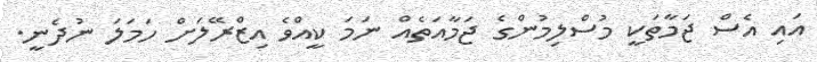
އައި އެސް ޖަމާތަކީ މުސްލިމުންގެ ޖަމާއަތެއް ނަމަ ކީއްވެ އިޒްރޭލަށް ހަމަލަ ނުދެނީ.